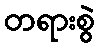
တရားစွဲ